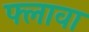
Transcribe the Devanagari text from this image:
फ्लावा